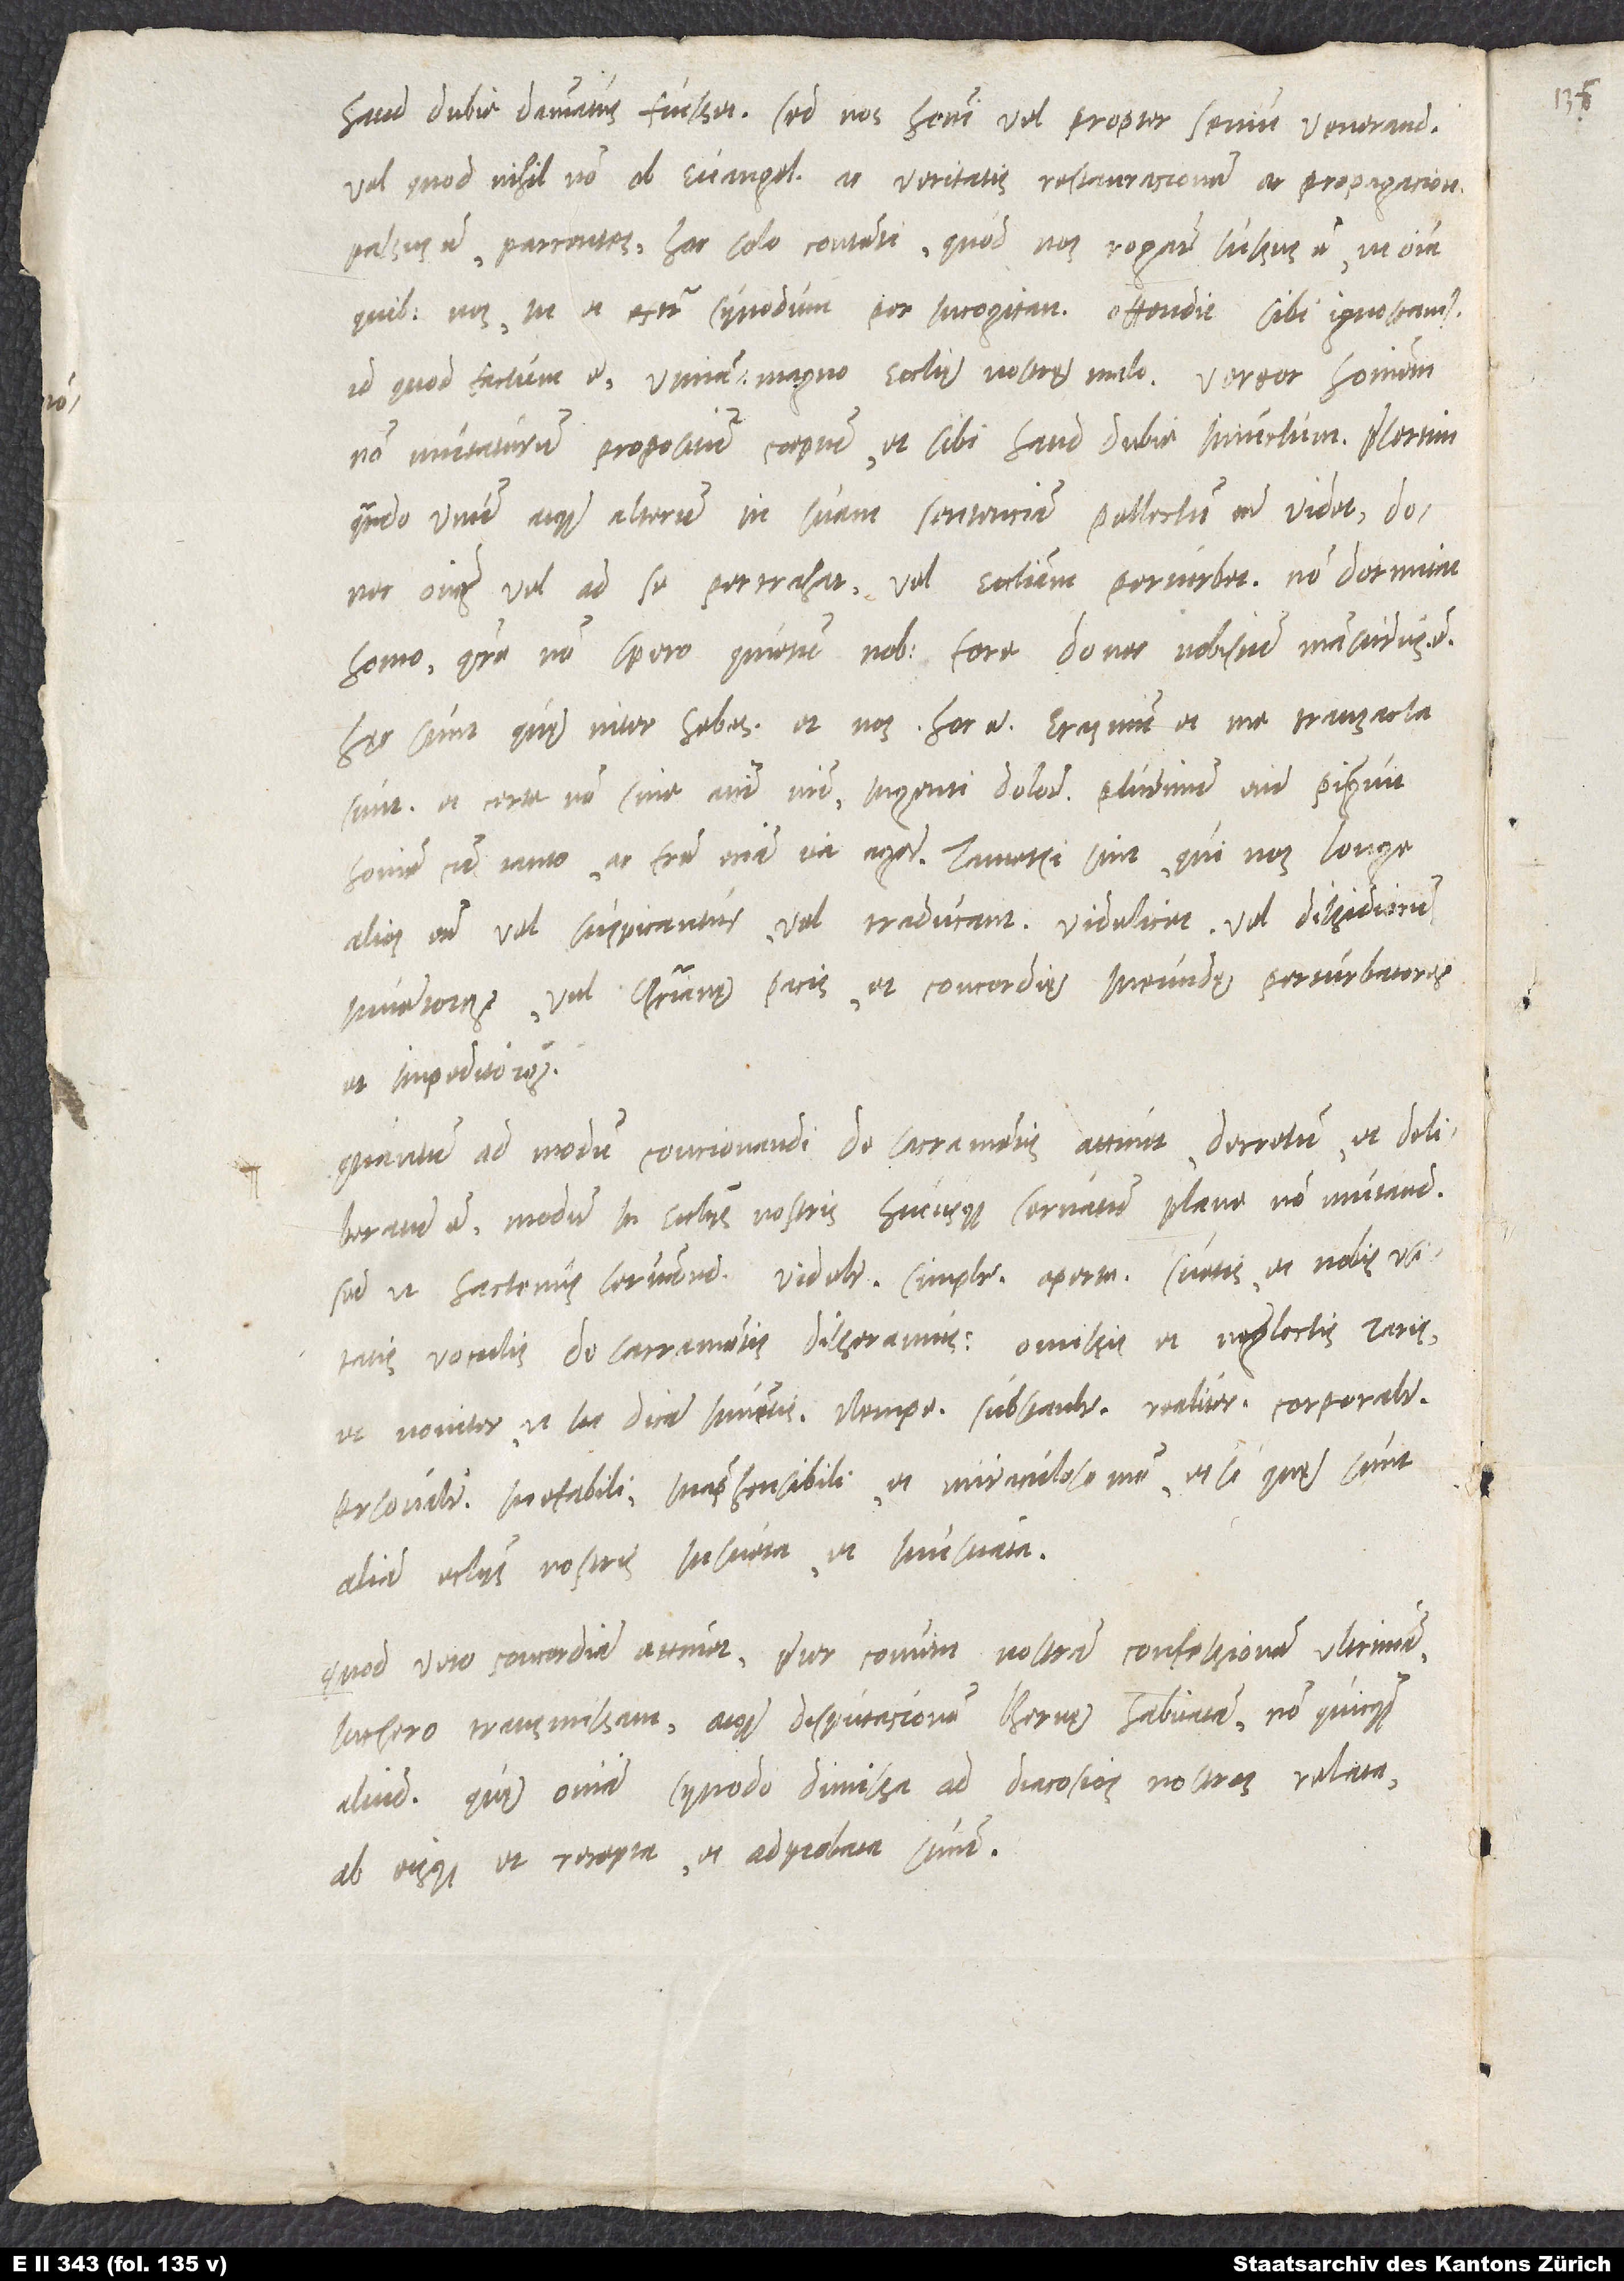
passus est, parcentes hoc solo contenti, quod nos rogare iussus et, ut omnia,
quibus nos in et extra synodum per incogitantiam offendit, sibi ignoscamus.
Id quod factum est, utinam non magno ecclesię nostrę malo. Vereor hominem
non mutaturum propositum coeptum et sibi haud dubie iniunctum, praesertim,
quando unum atque alterum in suam sentenciam pellectum esse videt, donec
omnes vel ad se pertrahat vel ecclesiam perturbet. Non dormitat
homo, quare non spero quietum nobis fore, donec nobiscum mansurus
sunt, et certe non sine animi nostri ingenti dolore. Plurimum enim piguit
homine cum tanto ac fratre eciam ita agere, tametsi sint, qui nos longe
alios esse vel suspicantur vel traducant, videlicet vel dissidiorum
inventores vel christianę pacis et concordię ineundę perturbatores
et impeditores.
Quantum ad modum concionandi de sacramentis attinet, decretum et deliberatum
est modum in ecclesiis nostris hucusque servatum plane non mutandum,
sed ut hactenus servandum, videlicet simpliciter, aperte, suetis et nobis usitatis
voculis de sacramentis disseramus omissis et neglectis raris
et noviter, ut ita dicam, inventis, nempe substantialiter, realiter, corporaliter,
personaliter, inefabili, imprehensibili et miraculoso modo, et si quę sunt
alia ecclesiis nostris insueta et inusitata.
Quod vero concordiam attinet, praeter communem nostram confessionem ultimam
Luthero transmissam atque disputacionem Bernę habitam non quicquam
aliud. Quae omnia synodo dimissa ad diacosios nostros relata
ab eisque et recepta et adprobata sunt.